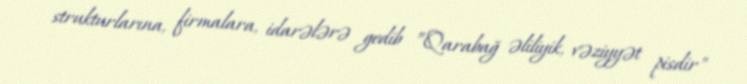
strukturlarına, firmalara, idarələrə gedib ”Qarabağ əliliyik, vəziyyət pisdir"